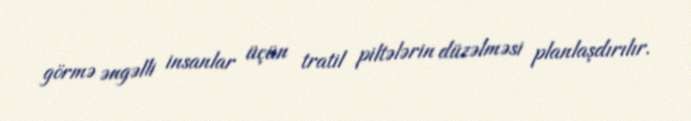
görmə əngəlli insanlar üçün tratil piltələrin düzəlməsi planlaşdırılır.